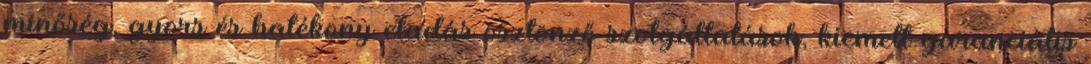
minőség, gyors és hatékony eladás ösztönző szolgáltatások, kiemelt garanciális